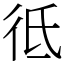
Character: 彽